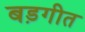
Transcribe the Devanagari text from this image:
बड़गीत